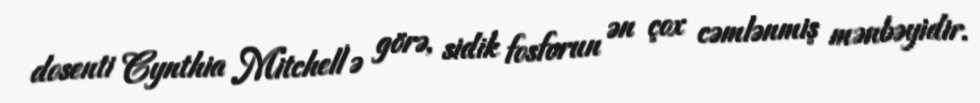
dosenti Cynthia Mitchell′ə görə, sidik fosforun ən çox cəmlənmiş mənbəyidir.